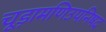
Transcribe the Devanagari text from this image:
चूड़ामणिउपनिषद